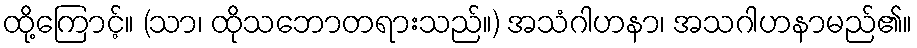
ထို့ကြောင့်။ (သာ၊ ထိုသဘောတရားသည်။) အသံဂါဟနာ၊ အသဂါဟနာမည်၏။